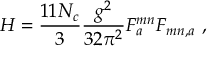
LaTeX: H = \frac { 1 1 N _ { c } } { 3 } \frac { g ^ { 2 } } { 3 2 \pi ^ { 2 } } F _ { a } ^ { m n } F _ { m n , a } \ ,